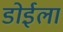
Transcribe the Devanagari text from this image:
डोईला